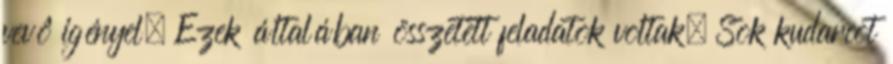
vevô igényel. Ezek általában összetett feladatok voltak. Sok kudarcot